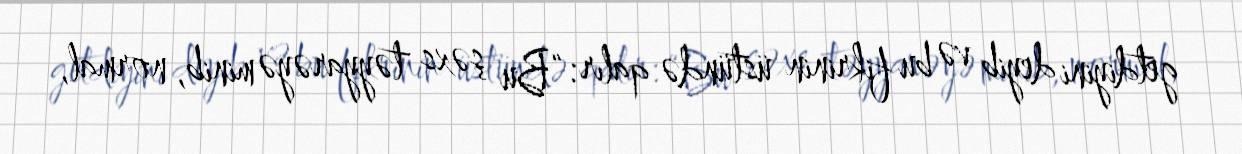
getdiyini deyib və bu fikrinin üstündə qalır: “Bu şəxs təyyarəyə minib, normal,